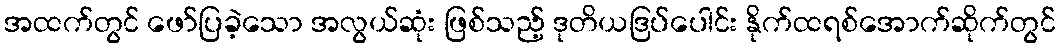
အထက်တွင် ဖော်ပြခဲ့သော အလွယ်ဆုံး ဖြစ်သည့် ဒုတိယဒြပ်ပေါင်း နိုက်ထရစ်အောက်ဆိုက်တွင်